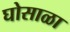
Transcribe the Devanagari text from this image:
घोसाळा